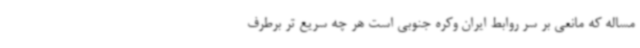
مساله که مانعی بر سر روابط ایران وکره جنوبی است هر چه سریع تر برطرف